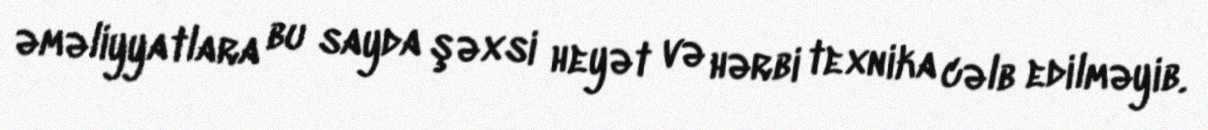
əməliyyatlara bu sayda şəxsi heyət və hərbi texnika cəlb edilməyib.